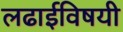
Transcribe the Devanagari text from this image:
लढाईविषयी